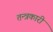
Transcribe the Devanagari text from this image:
तन्त्रकारी